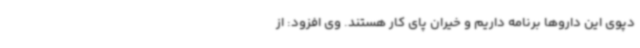
دپوی این داروها برنامه داریم و خیران پای کار هستند. وی افزود: از